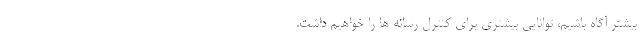
بیشتر آگاه باشیم، توانایی بیشتری برای کنترل رسانه ها را خواهیم داشت.